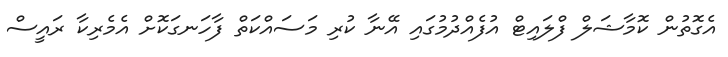
އެގޮތުން ކޮމާޝަލް ފްލައިޓް އުފެއްދުމުގައި އޭނާ ކުރި މަސައްކަތް ފާހަނގަކޮށް އެމެރިކާ ރައީސް